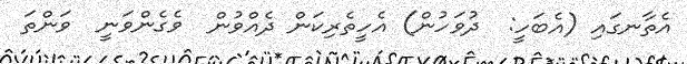
އެތާނގައި (އެބަހީ:  ދުވަހުން) އެހީތެރިކަން ދެއްވުން  ވެގެންވަނީ  ވަންތަ